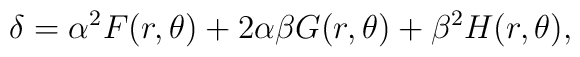
\delta = \alpha^2 F(r, \theta) + 2 \alpha \beta G(r, \theta) +\beta^2 H (r, \theta),